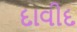
દાવીદ